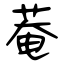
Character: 菴